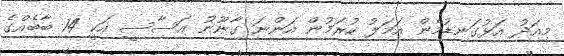
މިއަދު އަޅުގަނޑުމެން އަމަލު ކުރަމުން އަންނަ ގާނޫނު އަސާސީ އަކީ 14 ބާބެއްގެ